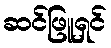
ဆင်ဖြူရှင်